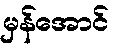
မှန်အောင်